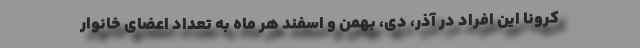
کرونا این افراد در آذر، دی، بهمن و اسفند هر ماه به تعداد اعضای خانوار